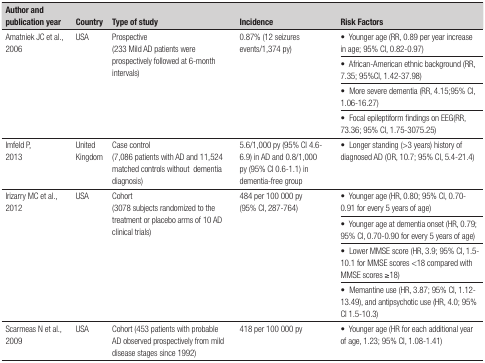
<table><thead><tr><td><b>Author and publication year</b></td><td><b>Country</b></td><td><b>Type of study</b></td><td><b>Incidence</b></td><td><b>Risk Factors</b></td></tr></thead><tbody><tr><td rowspan="4">Amatniek JC et al., 2006</td><td rowspan="4">USA</td><td rowspan="4">Prospective(233 Mild ADpatients were prospectively followed at 6-month intervals)</td><td rowspan="4">0.87% (12 seizuresevents/1,374 py)</td><td>• Younger age (RR, 0.89 per yearincrease in age; 95% CI, 0.82-0.97)</td></tr><tr><td>• African-American ethnicbackground (RR, 7.35; 95%CI, 1.42-37.98)</td></tr><tr><td>• More severe dementia (RR,4.15;95% CI, 1.06-16.27)</td></tr><tr><td>• Focal epileptiform findings onEEG(RR, 73.36; 95% CI, 1.75-3075.25)</td></tr><tr><td>Imfeld P, 2013</td><td>United Kingdom</td><td>Case control(7,086 patients with AD and11,524 matched controls withoutdementia diagnosis)</td><td>5.6/1,000 py (95% CI 4.6-6.9) in AD and0.8/1,000 py (95% CI 0.6-1.1) in dementia-free group</td><td>• Longer standing (&gt;3 years)history of diagnosed AD (OR, 10.7; 95% CI, 5.4-21.4)</td></tr><tr><td rowspan="4">Irizarry MC et al., 2012</td><td rowspan="4">USA</td><td rowspan="4">Cohort (3078 subjectsrandomized to the treatment or placebo arms of 10 AD clinicaltrials)</td><td rowspan="4">484 per 100 000 py (95% CI,287-764)</td><td>• Younger age (HR, 0.80; 95% CI,0.70-0.91 for every 5 years of age)</td></tr><tr><td>• Younger age at dementia onset(HR, 0.79; 95% CI, 0.70-0.90 for every 5 years of age)</td></tr><tr><td>• Lower MMSE score (HR, 3.9; 95%CI, 1.5-10.1 for MMSE scores &lt;18 compared with MMSE scores≥18)</td></tr><tr><td>• Memantine use (HR, 3.87; 95% CI,1.12-13.49), and antipsychotic use (HR, 4.0; 95% CI 1.5-10.3)</td></tr><tr><td>Scarmeas N et al.,2009</td><td>USA</td><td>Cohort (453 patients with probable ADobserved prospectively from mild disease stages since 1992)</td><td>418 per 100 000 py</td><td>• Younger age (HR for eachadditional year of age, 1.23; 95% CI, 1.08-1.41)</td></tr></tbody></table>